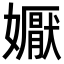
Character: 𭒦